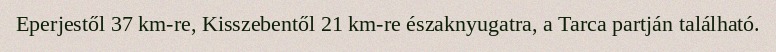
Eperjestől 37 km-re, Kisszebentől 21 km-re északnyugatra, a Tarca partján található.